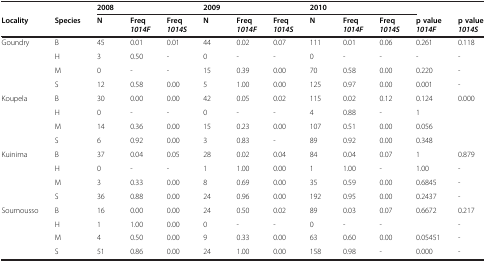
<table><thead><tr><td><b> </b></td><td><b> </b></td><td><b>2008</b></td><td><b> </b></td><td><b> </b></td><td><b>2009</b></td><td><b> </b></td><td><b> </b></td><td><b>2010</b></td><td><b> </b></td><td><b> </b></td><td><b> </b></td><td><b> </b></td></tr></thead><tbody><tr><td><b>Locality</b></td><td><b>Species</b></td><td><b>N</b></td><td><b>Freq</b><b><i>1014F</i></b></td><td><b>Freq</b><b><i>1014S</i></b></td><td><b>N</b></td><td><b>Freq</b><b><i>1014F</i></b></td><td><b>Freq</b><b><i>1014S</i></b></td><td><b>N</b></td><td><b>Freq</b><b><i>1014F</i></b></td><td><b>Freq</b><b><i>1014S</i></b></td><td><b>p value</b><b><i>1014F</i></b></td><td><b>p value</b><b><i>1014S</i></b></td></tr><tr><td>Goundry</td><td>B</td><td>45</td><td>0.01</td><td>0.01</td><td>44</td><td>0.02</td><td>0.07</td><td>111</td><td>0.01</td><td>0.06</td><td>0.261</td><td>0.118</td></tr><tr><td> </td><td>H</td><td>3</td><td>0.50</td><td>-</td><td>0</td><td>-</td><td>-</td><td>0</td><td>-</td><td>-</td><td>-</td><td>-</td></tr><tr><td> </td><td>M</td><td>0</td><td>-</td><td>-</td><td>15</td><td>0.39</td><td>0.00</td><td>70</td><td>0.58</td><td>0.00</td><td>0.220</td><td>-</td></tr><tr><td> </td><td>S</td><td>12</td><td>0.58</td><td>0.00</td><td>5</td><td>1.00</td><td>0.00</td><td>125</td><td>0.97</td><td>0.00</td><td>0.001</td><td>-</td></tr><tr><td>Koupela</td><td>B</td><td>30</td><td>0.00</td><td>0.00</td><td>42</td><td>0.05</td><td>0.02</td><td>115</td><td>0.02</td><td>0.12</td><td>0.124</td><td>0.000</td></tr><tr><td> </td><td>H</td><td>0</td><td>-</td><td>-</td><td>0</td><td>-</td><td>-</td><td>4</td><td>0.88</td><td>-</td><td>1</td><td> </td></tr><tr><td> </td><td>M</td><td>14</td><td>0.36</td><td>0.00</td><td>15</td><td>0.23</td><td>0.00</td><td>107</td><td>0.51</td><td>0.00</td><td>0.056</td><td> </td></tr><tr><td> </td><td>S</td><td>6</td><td>0.92</td><td>0.00</td><td>3</td><td>0.83</td><td>-</td><td>89</td><td>0.92</td><td>0.00</td><td>0.348</td><td> </td></tr><tr><td>Kuinima</td><td>B</td><td>37</td><td>0.04</td><td>0.05</td><td>28</td><td>0.02</td><td>0.04</td><td>84</td><td>0.04</td><td>0.07</td><td>1</td><td>0.879</td></tr><tr><td> </td><td>H</td><td>0</td><td>-</td><td>-</td><td>1</td><td>1.00</td><td>0.00</td><td>1</td><td>1.00</td><td>-</td><td>1.00</td><td>-</td></tr><tr><td> </td><td>M</td><td>3</td><td>0.33</td><td>0.00</td><td>8</td><td>0.69</td><td>0.00</td><td>35</td><td>0.59</td><td>0.00</td><td>0.6845</td><td>-</td></tr><tr><td> </td><td>S</td><td>36</td><td>0.88</td><td>0.00</td><td>24</td><td>0.96</td><td>0.00</td><td>192</td><td>0.95</td><td>0.00</td><td>0.2437</td><td>-</td></tr><tr><td>Soumousso</td><td>B</td><td>16</td><td>0.00</td><td>0.00</td><td>24</td><td>0.50</td><td>0.02</td><td>89</td><td>0.03</td><td>0.07</td><td>0.6672</td><td>0.217</td></tr><tr><td> </td><td>H</td><td>1</td><td>1.00</td><td>0.00</td><td>0</td><td>-</td><td>-</td><td>0</td><td>-</td><td>-</td><td> </td><td>-</td></tr><tr><td> </td><td>M</td><td>4</td><td>0.50</td><td>0.00</td><td>9</td><td>0.33</td><td>0.00</td><td>63</td><td>0.60</td><td>0.00</td><td>0.05451</td><td>-</td></tr><tr><td> </td><td>S</td><td>51</td><td>0.86</td><td>0.00</td><td>24</td><td>1.00</td><td>0.00</td><td>158</td><td>0.98</td><td>-</td><td>0.000</td><td>-</td></tr></tbody></table>